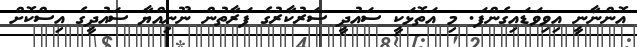
އޮންނާނީ އިވިވަޑައިގެންފަ. މި އަތޮޅަކީ ސައުދީ ސަރުކާރުގެ ފަރާތުން ނޫނިއްޔާ ސައުދީގެ އިސްކޮށް